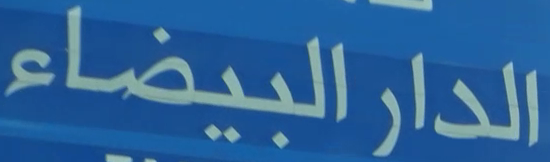
الدار البيضاء